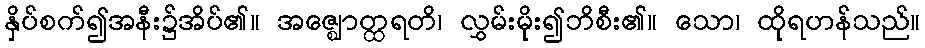
နှိပ်စက်၍အနီး၌အိပ်၏။ အဇ္ဈောတ္ထရတိ၊ လွှမ်းမိုး၍ဘိစီး၏။ သော၊ ထိုရဟန်သည်။